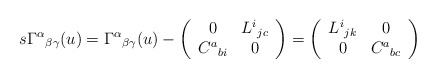
\begin{align*}s\Gamma ^\alpha {}_{\beta \gamma }(u)=\Gamma ^\alpha {}_{\beta\gamma }(u)-\left( \begin{array}{cc}0 & L^i{}_{jc} \\ C^a{}_{bi} & 0 \end{array}\right) =\left( \begin{array}{cc}L^i{}_{jk} & 0 \\ 0 & C^a{}_{bc} \end{array}\right)\end{align*}